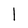
Character: F